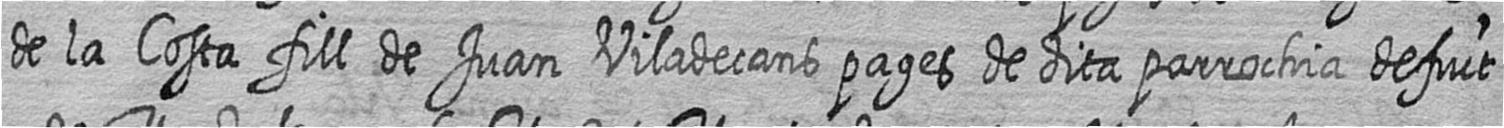
de la Costa fill de Juan Viladecans pages de dita parrochia defuct